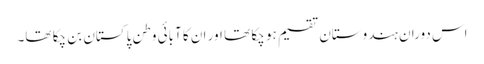
اس دوران ہندوستان تقسیم ہو چکا تھا اور ان کا آبائی وطن پاکستان بن چکا تھا۔